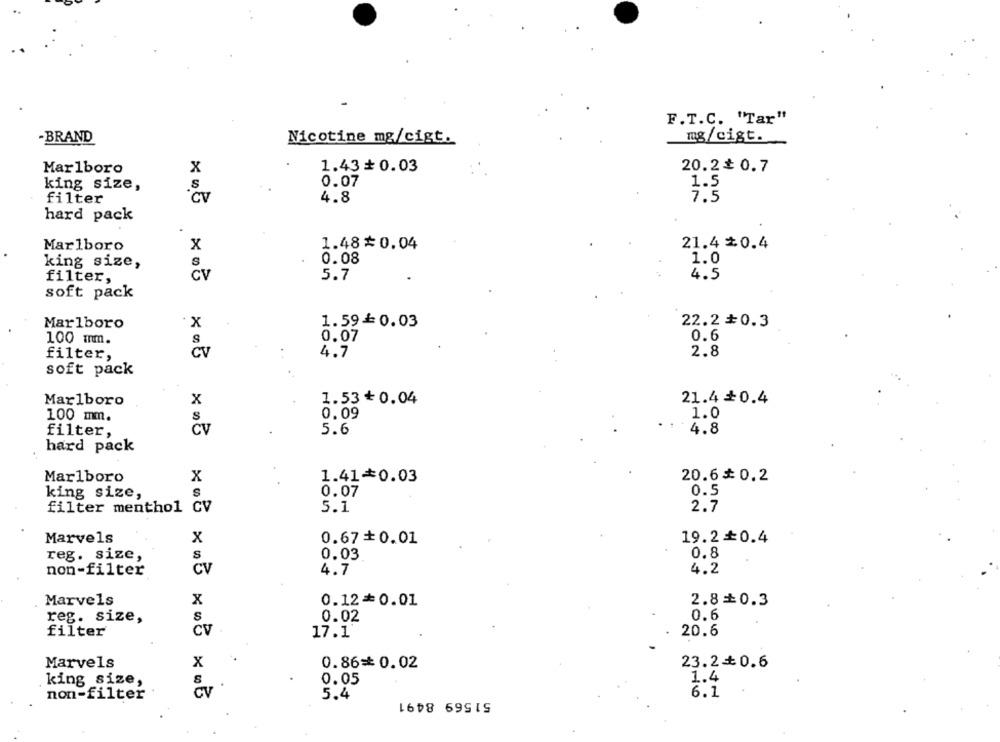
F.T.C. "Tar"
-BRAND
Nicotine mg/cigt.
mg/cigt.
Marlboro
x
1.43 + 0.03
20.2₺ 0.7
S
0.07
1.5
king size,
filter
CV
4.8
7.5
hard pack
Marlboro
x
1.48₺ 0.04
21.4 $0.4
king size,
S
0.08
1.0
filter,
CV
5.7
4.5
soft pack
Marlboro
x
1.59≤0.03
22.2 +0.3
100 mm.
S
0.07
0.6
filter,
CV
4.7
2.8
soft pack
Marlboro
x
1.53 ₺ 0.04
21.4 +0.4
s
0.09
1.0
100 mm.
CV
4.8
filter,
5.6
hard pack
Marlboro
x
1.41*0.03
20.6 0.2
king size,
0.07
0.5
filter menthol CV
5.1
2.7
Marvels
x
0.67+ 0.01
19.20.4
reg. size,
S
0.03
0.8
non-filter
CV
4.7
4.2
Marvels
x
0.12=0.01
2.8=0.3
S
reg. size,
0.02
0.6
filter
CV
17.1
20.6
Marvels
x
0.86=0.02
23.2+0.6
king size,
S
0.05
1.4
non-filter
CV
5.4
51569 8491
6.1